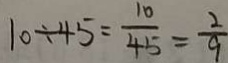
1 0 \div 4 5 = \frac { 1 0 } { 4 5 } = \frac { 2 } { 9 }